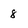
Character: 8